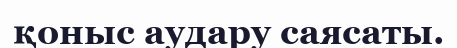
қоныс аудару саясаты.